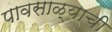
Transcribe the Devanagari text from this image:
पावसाळ्याची